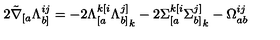
2 \tilde { \nabla } _ { [ a } \Lambda _ { b ] } ^ { i j } = - 2 \Lambda _ { [ a } ^ { k [ i } { \Lambda _ { b ] } ^ { j ] } } _ { k } - 2 { \Sigma _ { [ a } ^ { k [ i } } { \Sigma _ { b ] } ^ { j ] } } _ { k } - \Omega _ { a b } ^ { i j }